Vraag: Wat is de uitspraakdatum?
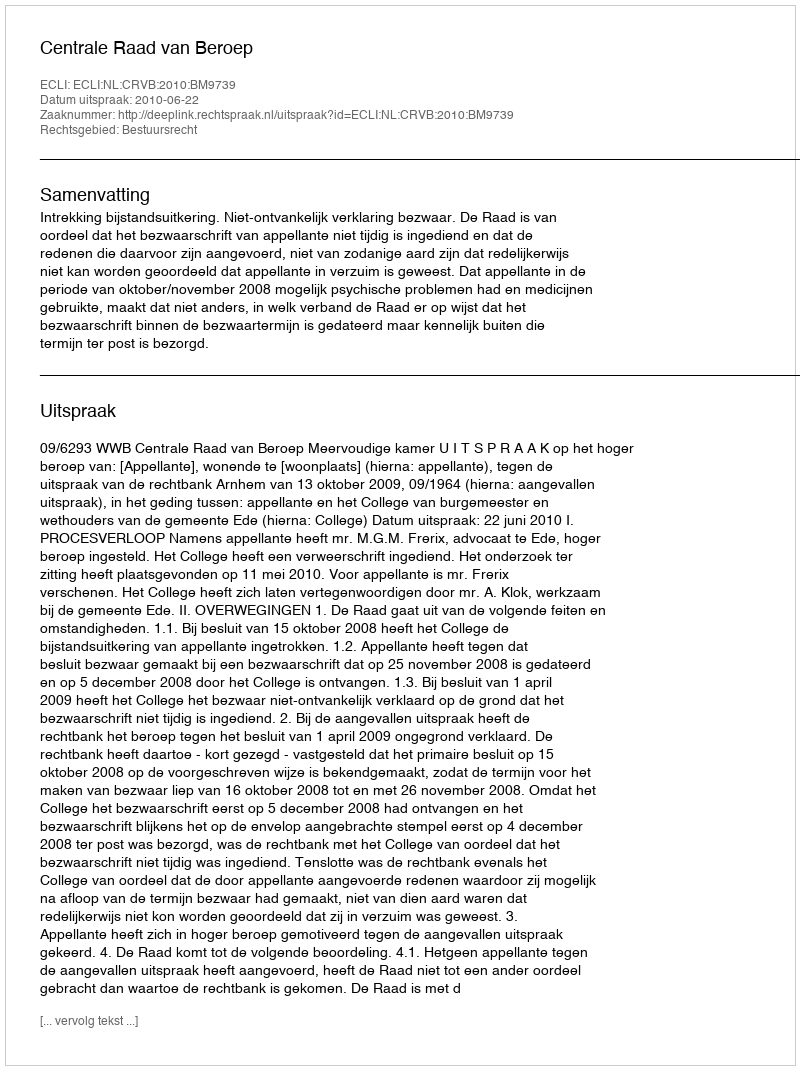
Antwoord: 2010-06-22